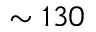
\sim 1 3 0